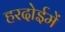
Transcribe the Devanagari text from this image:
हरदोईमें